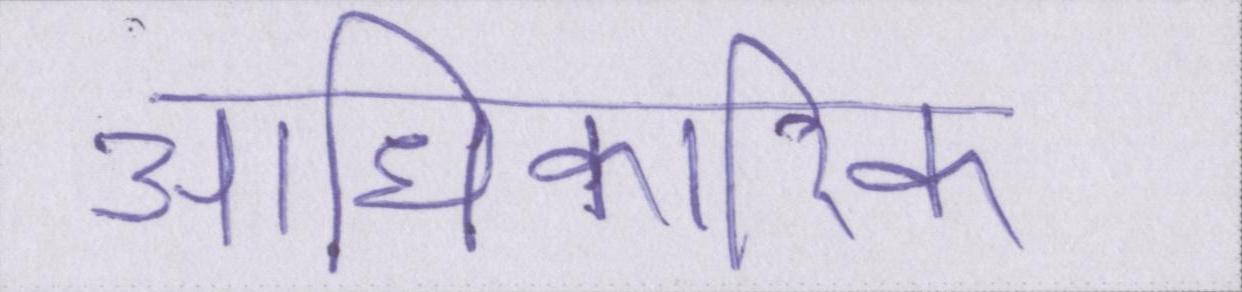
आधिकारिक